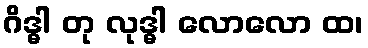
ဂိဒ္ဓါ တု လုဒ္ဓါ လောလော ထ၊